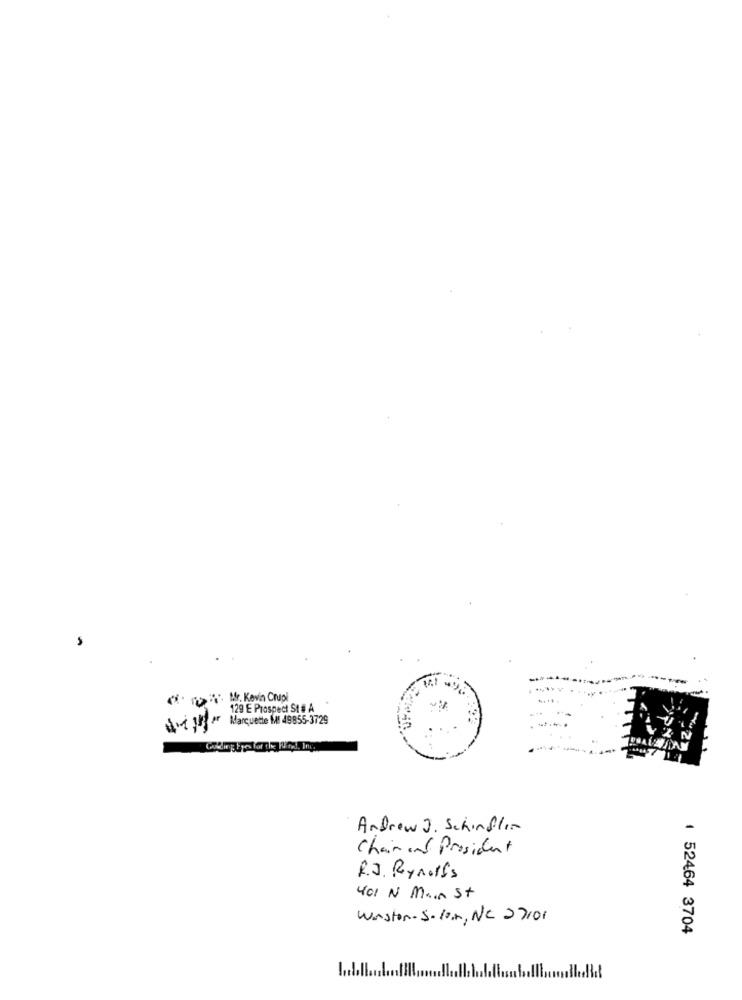
Mr. Kevin Crupi
129 E Prospect St # A
Marquette MI 49855-3729
Andrew J. Schindler
Chair and Prosident
R.J. Rynoffs
401 N Main St
Winston. S.10in, NC 27101
1 52464 3704
1.1